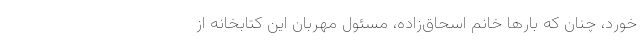
‌خورد، چنان که بارها خانم اسحاق‌زاده، مسئول مهربان این کتابخانه از